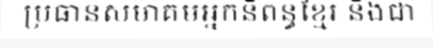
ប្រធានសមាគមអ្នកនិពន្ធខ្មែរ និងជា